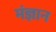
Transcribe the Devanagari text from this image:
मंज्ञान